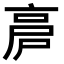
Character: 𠅡